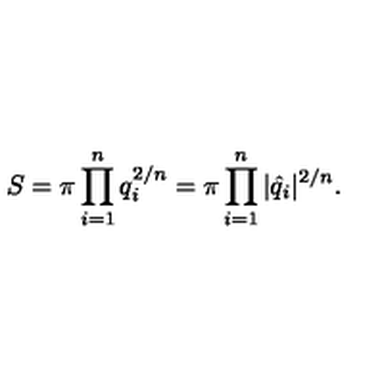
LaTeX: S = \pi \prod _ { i = 1 } ^ { n } q _ { i } ^ { 2 / n } = \pi \prod _ { i = 1 } ^ { n } | \hat { q } _ { i } | ^ { 2 / n } .